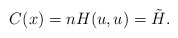
\begin{align*}C(x)=nH(u,u)=\tilde{H}.\end{align*}